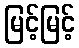
မြင့်မြင့်